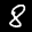
Label: 8